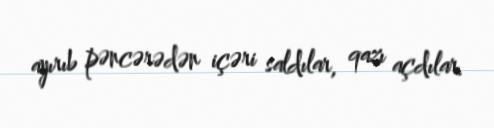
ayırıb pəncərədən içəri saldılar, qazı açdılar.